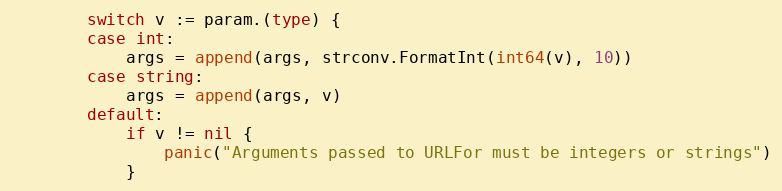
Language: Go
		switch v := param.(type) {
		case int:
			args = append(args, strconv.FormatInt(int64(v), 10))
		case string:
			args = append(args, v)
		default:
			if v != nil {
				panic("Arguments passed to URLFor must be integers or strings")
			}